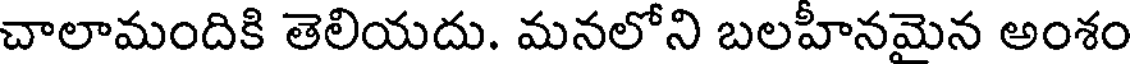
చాలామందికి తెలియదు. మనలోని బలహీనమైన అంశం